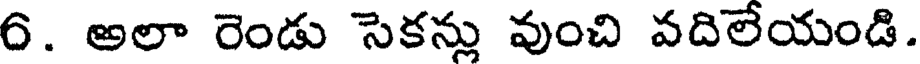
6. అలా రెండు సెకన్లు వుంచి వదిలేయండి.